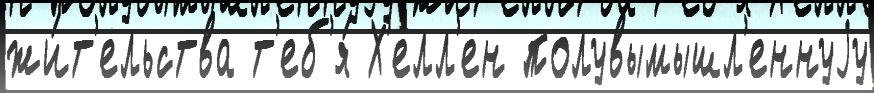
жи́т'ельства т'еб'я́ Х'елл'ен полувымышл'еннуjу